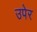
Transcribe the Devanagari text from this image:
उपेर